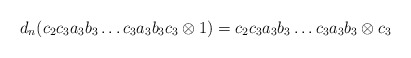
\begin{align*}d_n(c_2c_3a_3b_3 \dots c_3a_3b_3c_3 \otimes 1) = c_2c_3a_3b_3 \dots c_3a_3b_3 \otimes c_3\end{align*}